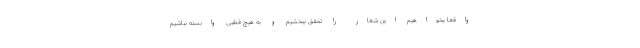
واقعا بخواهیم این شعار را تحقق ببخشیم و به هیچ قطبی وابسته نباشیم